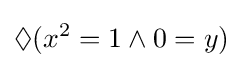
\Diamond (x^{2}=1\land 0=y)